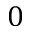
0